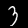
Label: 3